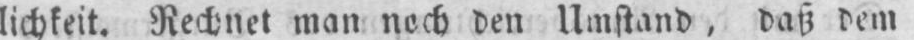
lichkeit. Rechnet man noch den Umstand, daß dem